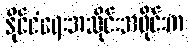
နိုင်ငံရေးအသိုင်းအဝိုင်းက